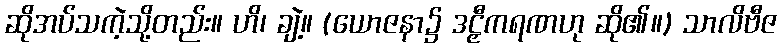
ဆိုအပ်သကဲ့သို့တည်း။ ဟိ၊ ချဲ့။ (ယောဇနာ၌ ဒဠှီကရဏဟု ဆို၏။) သာလိဗီဇ